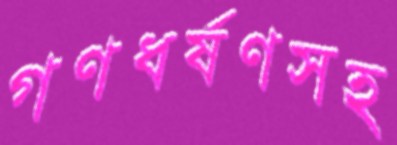
গণধর্ষণসহ